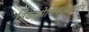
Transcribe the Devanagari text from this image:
त्रिकश्रोणिफलकशोथ